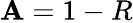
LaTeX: \mathbf{A}=1-R